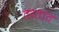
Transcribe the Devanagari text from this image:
तरतात